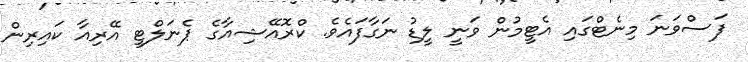
ފަސްވަނަ މިނެޓްގައި އެޓީމުން ވަނީ ލީޑު ނަގާފައެވެ. ކްރޮއޭޝިއާގެ ޕެނަލްޓީ އޭރިއާ ކައިރިން